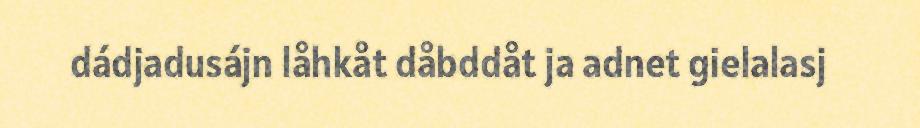
dádjadusájn låhkåt dåbddåt ja adnet gielalasj